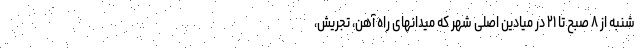
شنبه از ٨ صبح تا ٢١ در میادین اصلی شهر که میدانهای راه آهن، تجریش،